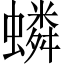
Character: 䗲